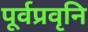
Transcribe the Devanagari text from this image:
पूर्वप्रवृनि